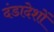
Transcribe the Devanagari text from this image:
दंडादेशों